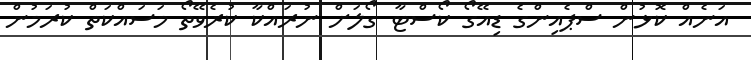
އަނެއް ކޮޅުން ސްޕެއިންގެ ޑިއޭގޯ ކޯސްޓާ ގޯލަށް ނުރައްކާ ކުރެވޭތޯ މަސައްކަތް ކުރަމުން